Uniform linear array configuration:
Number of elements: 48
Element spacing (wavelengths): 1
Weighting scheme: binomial
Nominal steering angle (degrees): -45
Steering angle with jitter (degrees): -43.391
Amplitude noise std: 0.05
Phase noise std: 0.05

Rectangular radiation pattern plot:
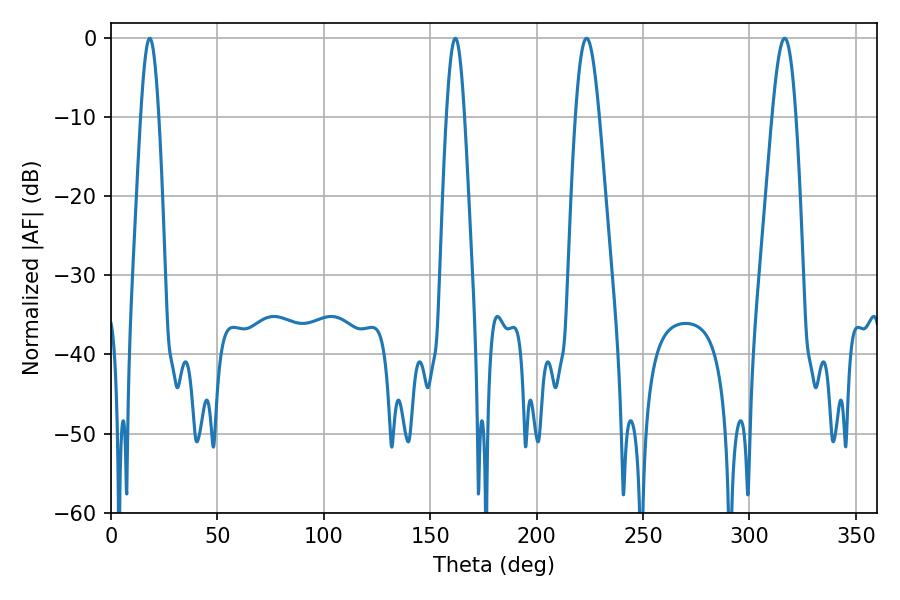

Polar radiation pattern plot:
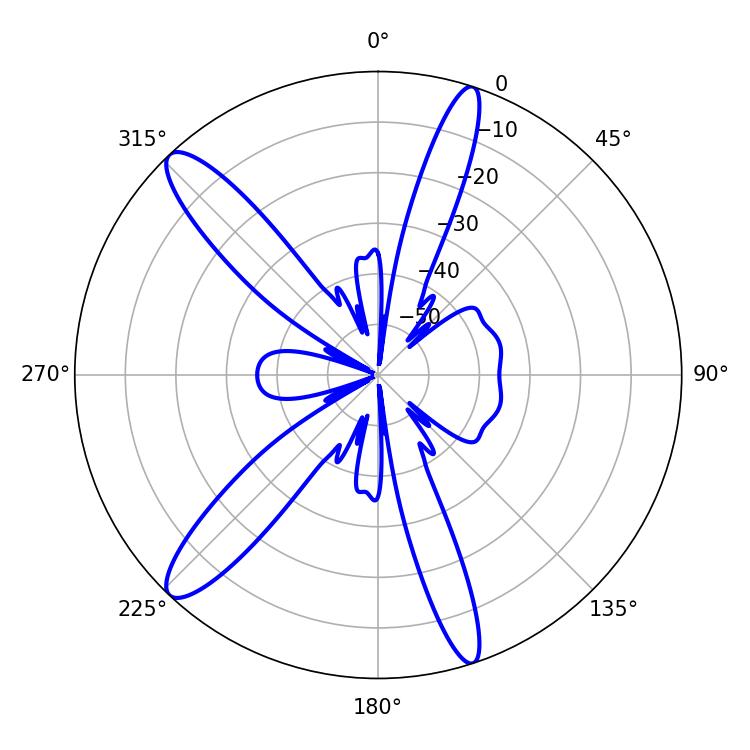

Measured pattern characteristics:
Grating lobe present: TRUE
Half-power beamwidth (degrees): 4.68
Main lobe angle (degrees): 18.18